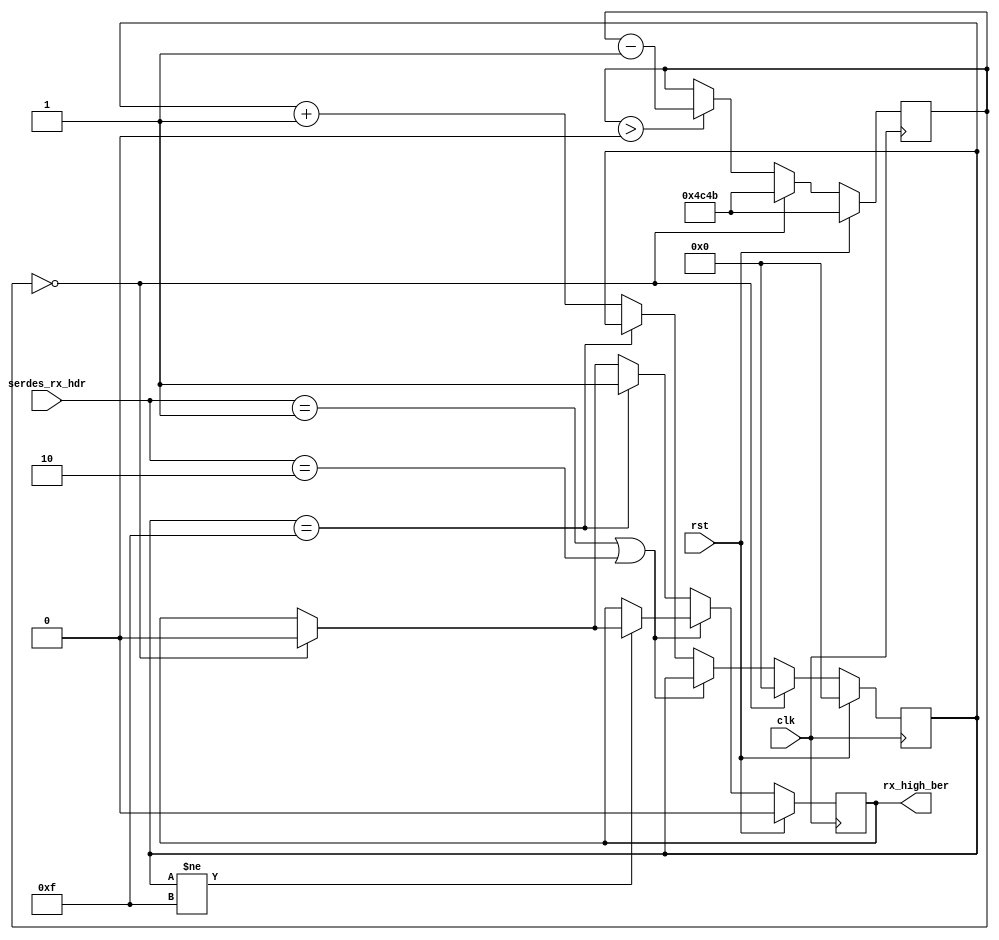
/*

Copyright (c) 2018 Alex Forencich

Permission is hereby granted, free of charge, to any person obtaining a copy
of this software and associated documentation files (the "Software"), to deal
in the Software without restriction, including without limitation the rights
to use, copy, modify, merge, publish, distribute, sublicense, and/or sell
copies of the Software, and to permit persons to whom the Software is
furnished to do so, subject to the following conditions:

The above copyright notice and this permission notice shall be included in
all copies or substantial portions of the Software.

THE SOFTWARE IS PROVIDED "AS IS", WITHOUT WARRANTY OF ANY KIND, EXPRESS OR
IMPLIED, INCLUDING BUT NOT LIMITED TO THE WARRANTIES OF MERCHANTABILITY
FITNESS FOR A PARTICULAR PURPOSE AND NONINFRINGEMENT. IN NO EVENT SHALL THE
AUTHORS OR COPYRIGHT HOLDERS BE LIABLE FOR ANY CLAIM, DAMAGES OR OTHER
LIABILITY, WHETHER IN AN ACTION OF CONTRACT, TORT OR OTHERWISE, ARISING FROM,
OUT OF OR IN CONNECTION WITH THE SOFTWARE OR THE USE OR OTHER DEALINGS IN
THE SOFTWARE.

*/

// Language: Verilog 2001

`resetall
`timescale 1ns / 1ps
`default_nettype none

/*
 * 10G Ethernet PHY BER monitor
 */
module eth_phy_10g_rx_ber_mon #
(
    parameter HDR_WIDTH = 2,
    parameter COUNT_125US = 125000/6.4
)
(
    input  wire                  clk,
    input  wire                  rst,

    /*
     * SERDES interface
     */
    input  wire [HDR_WIDTH-1:0]  serdes_rx_hdr,

    /*
     * Status
     */
    output wire                  rx_high_ber
);

// bus width assertions
initial begin
    if (HDR_WIDTH != 2) begin
        $error("Error: HDR_WIDTH must be 2");
        $finish;
    end
end

parameter COUNT_WIDTH = $clog2($rtoi(COUNT_125US));

localparam [1:0]
    SYNC_DATA = 2'b10,
    SYNC_CTRL = 2'b01;

reg [COUNT_WIDTH-1:0] time_count_reg = COUNT_125US, time_count_next;
reg [3:0] ber_count_reg = 4'd0, ber_count_next;

reg rx_high_ber_reg = 1'b0, rx_high_ber_next;

assign rx_high_ber = rx_high_ber_reg;

always @* begin
    if (time_count_reg > 0) begin
        time_count_next = time_count_reg-1;
    end else begin
        time_count_next = time_count_reg;
    end
    ber_count_next = ber_count_reg;

    rx_high_ber_next = rx_high_ber_reg;

    if (serdes_rx_hdr == SYNC_CTRL || serdes_rx_hdr == SYNC_DATA) begin
        // valid header
        if (ber_count_reg != 4'd15) begin
            if (time_count_reg == 0) begin
                rx_high_ber_next = 1'b0;
            end
        end
    end else begin
        // invalid header
        if (ber_count_reg == 4'd15) begin
            rx_high_ber_next = 1'b1;
        end else begin
            ber_count_next = ber_count_reg + 1;
            if (time_count_reg == 0) begin
                rx_high_ber_next = 1'b0;
            end
        end
    end
    if (time_count_reg == 0) begin
        // 125 us timer expired
        ber_count_next = 4'd0;
        time_count_next = COUNT_125US;
    end
end

always @(posedge clk) begin
    time_count_reg <= time_count_next;
    ber_count_reg <= ber_count_next;
    rx_high_ber_reg <= rx_high_ber_next;

    if (rst) begin
        time_count_reg <= COUNT_125US;
        ber_count_reg <= 4'd0;
        rx_high_ber_reg <= 1'b0;
    end
end

endmodule

`resetall